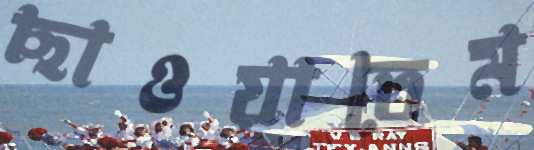
ছাওয়াতেম